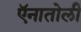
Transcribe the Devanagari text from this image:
ऍनातोली